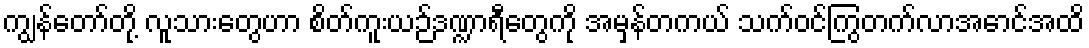
ကျွန်တော်တို့ လူသားတွေဟာ စိတ်ကူးယဉ်ဒဏ္ဍာရီတွေကို အမှန်တကယ် သက်ဝင်ကြွတက်လာအောင်အထိ